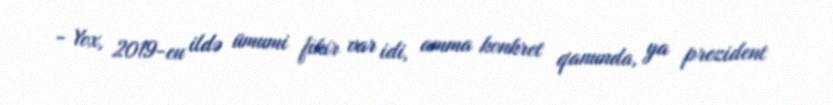
- Yox, 2019-cu ildə ümumi fikir var idi, amma konkret qanunda, ya prezident